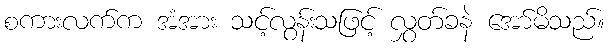
စကားလက်က အံအား သင့်လွန်းသဖြင့် လွှတ်ခနဲ အော်မိသည်။